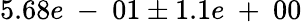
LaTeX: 5.68e\mathrm{~-~}01\pm 1.1e\mathrm{~+~}00